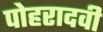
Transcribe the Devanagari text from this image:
पोहरादवी